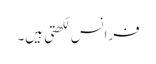
فرانس لکھتی ہیں۔